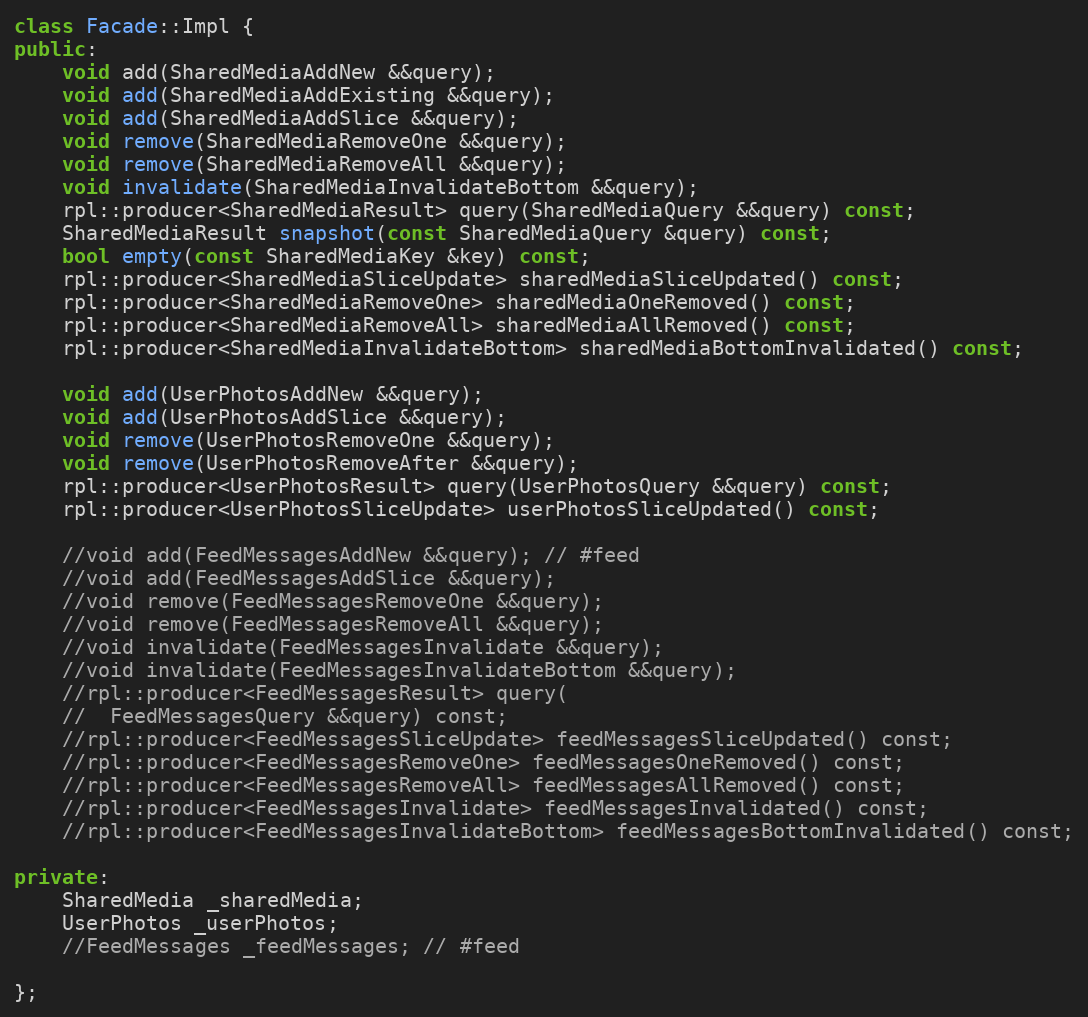
Language: C++
class Facade::Impl {
public:
	void add(SharedMediaAddNew &&query);
	void add(SharedMediaAddExisting &&query);
	void add(SharedMediaAddSlice &&query);
	void remove(SharedMediaRemoveOne &&query);
	void remove(SharedMediaRemoveAll &&query);
	void invalidate(SharedMediaInvalidateBottom &&query);
	rpl::producer<SharedMediaResult> query(SharedMediaQuery &&query) const;
	SharedMediaResult snapshot(const SharedMediaQuery &query) const;
	bool empty(const SharedMediaKey &key) const;
	rpl::producer<SharedMediaSliceUpdate> sharedMediaSliceUpdated() const;
	rpl::producer<SharedMediaRemoveOne> sharedMediaOneRemoved() const;
	rpl::producer<SharedMediaRemoveAll> sharedMediaAllRemoved() const;
	rpl::producer<SharedMediaInvalidateBottom> sharedMediaBottomInvalidated() const;

	void add(UserPhotosAddNew &&query);
	void add(UserPhotosAddSlice &&query);
	void remove(UserPhotosRemoveOne &&query);
	void remove(UserPhotosRemoveAfter &&query);
	rpl::producer<UserPhotosResult> query(UserPhotosQuery &&query) const;
	rpl::producer<UserPhotosSliceUpdate> userPhotosSliceUpdated() const;

	//void add(FeedMessagesAddNew &&query); // #feed
	//void add(FeedMessagesAddSlice &&query);
	//void remove(FeedMessagesRemoveOne &&query);
	//void remove(FeedMessagesRemoveAll &&query);
	//void invalidate(FeedMessagesInvalidate &&query);
	//void invalidate(FeedMessagesInvalidateBottom &&query);
	//rpl::producer<FeedMessagesResult> query(
	//	FeedMessagesQuery &&query) const;
	//rpl::producer<FeedMessagesSliceUpdate> feedMessagesSliceUpdated() const;
	//rpl::producer<FeedMessagesRemoveOne> feedMessagesOneRemoved() const;
	//rpl::producer<FeedMessagesRemoveAll> feedMessagesAllRemoved() const;
	//rpl::producer<FeedMessagesInvalidate> feedMessagesInvalidated() const;
	//rpl::producer<FeedMessagesInvalidateBottom> feedMessagesBottomInvalidated() const;

private:
	SharedMedia _sharedMedia;
	UserPhotos _userPhotos;
	//FeedMessages _feedMessages; // #feed

};